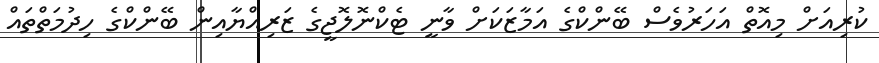
ކުރިއަށް މިއޮތް އަހަރުވެސް ބޭންކްގެ އަމާޒަކަށް ވާނީ ޓެކްނޮލޮޖީގެ ޒަރިއްޔާއިން ބޭންކްގެ ހިދުމަތްތައް